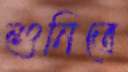
শুনিতে